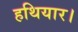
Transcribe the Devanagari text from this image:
हथियार।